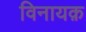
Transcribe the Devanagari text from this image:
विनायक़